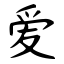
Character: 爱